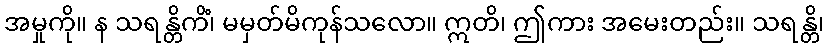
အမှုကို။ န သရန္တိကိံ၊ မမှတ်မိကုန်သလော။ ဣတိ၊ ဤကား အမေးတည်း။ သရန္တိ၊